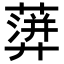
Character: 𧁕